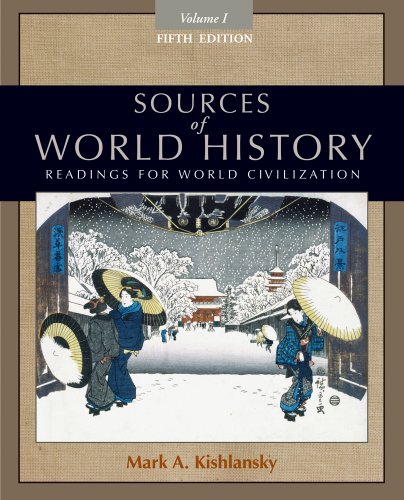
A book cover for Sources of World History, Volume I; Mark A. Kishlansky; History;